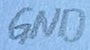
Text: GND